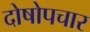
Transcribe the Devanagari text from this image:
दोषोपचार